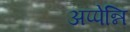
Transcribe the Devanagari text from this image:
अप्पेन्नि